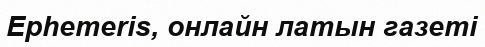
Ephemeris, онлайн латын газеті